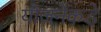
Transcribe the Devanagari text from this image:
योजनेकडे